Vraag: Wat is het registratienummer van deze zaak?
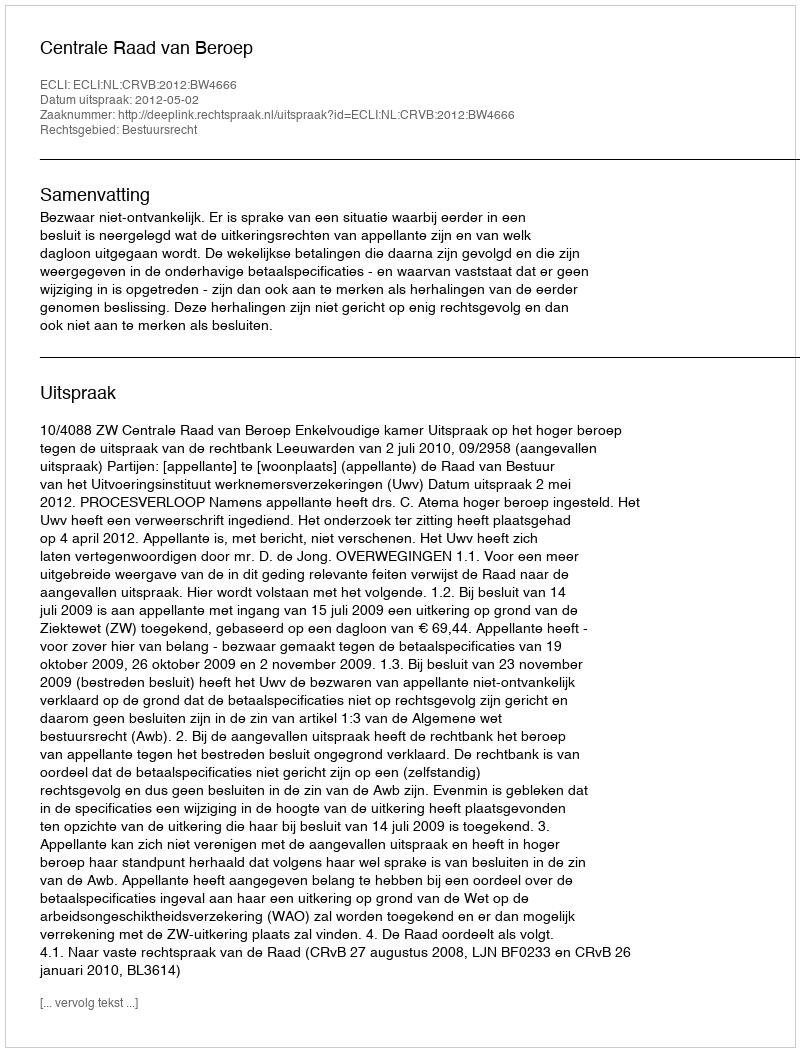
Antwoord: http://deeplink.rechtspraak.nl/uitspraak?id=ECLI:NL:CRVB:2012:BW4666